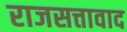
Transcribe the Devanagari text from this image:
राजसत्तावाद